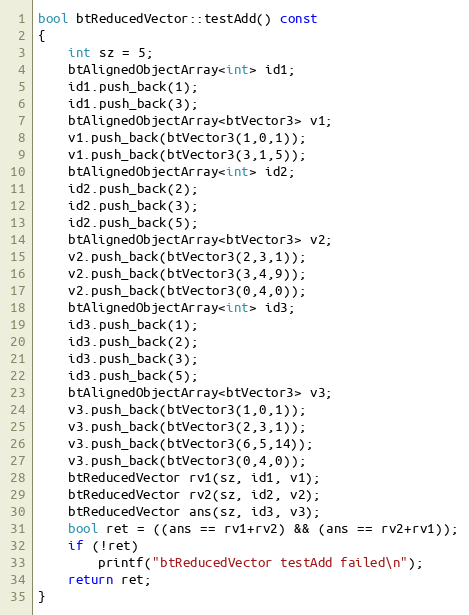
Language: C++
bool btReducedVector::testAdd() const
{
    int sz = 5;
    btAlignedObjectArray<int> id1;
    id1.push_back(1);
    id1.push_back(3);
    btAlignedObjectArray<btVector3> v1;
    v1.push_back(btVector3(1,0,1));
    v1.push_back(btVector3(3,1,5));
    btAlignedObjectArray<int> id2;
    id2.push_back(2);
    id2.push_back(3);
    id2.push_back(5);
    btAlignedObjectArray<btVector3> v2;
    v2.push_back(btVector3(2,3,1));
    v2.push_back(btVector3(3,4,9));
    v2.push_back(btVector3(0,4,0));
    btAlignedObjectArray<int> id3;
    id3.push_back(1);
    id3.push_back(2);
    id3.push_back(3);
    id3.push_back(5);
    btAlignedObjectArray<btVector3> v3;
    v3.push_back(btVector3(1,0,1));
    v3.push_back(btVector3(2,3,1));
    v3.push_back(btVector3(6,5,14));
    v3.push_back(btVector3(0,4,0));
    btReducedVector rv1(sz, id1, v1);
    btReducedVector rv2(sz, id2, v2);
    btReducedVector ans(sz, id3, v3);
    bool ret = ((ans == rv1+rv2) && (ans == rv2+rv1));
    if (!ret)
        printf("btReducedVector testAdd failed\n");
    return ret;
}